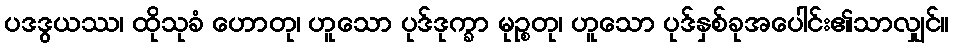
ပဒဒွယဿ၊ ထိုသုခံ ဟောတု၊ ဟူသော ပုဒ်ဒုက္ခာ မုဉ္စတု၊ ဟူသော ပုဒ်နှစ်ခုအပေါင်း၏သာလျှင်။